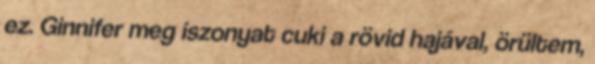
ez. Ginnifer meg iszonyat cuki a rövid hajával, örültem,